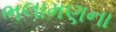
ભલામણના